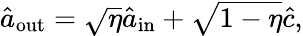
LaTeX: \begin{array}{r}{\hat{a}_{\mathrm{out}}=\sqrt{\eta}\hat{a}_{\mathrm{in}}+\sqrt{1-\eta}\hat{c},}\end{array}